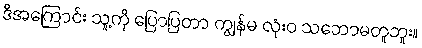
ဒီအကြောင်း သူ့ကို ပြောပြတာ ကျွန်မ လုံးဝ သဘောမတူဘူး။